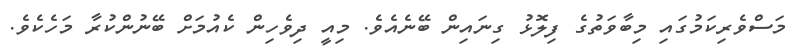
މަސްވެރިކަމުގައި މިބާވަތުގެ ފިލޮޅު ގިނައިން ބޭނެއެވެ. މިއީ ދިވެހިން ކެއުމަށް ބޭނުންކުރާ މަހެކެވެ.